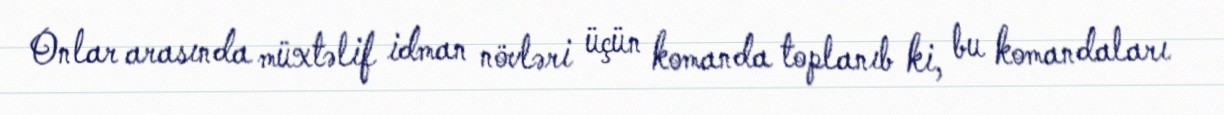
Onlar arasında müxtəlif idman növləri üçün komanda toplanıb ki, bu komandaları